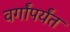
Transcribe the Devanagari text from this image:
वर्गांपर्यंत